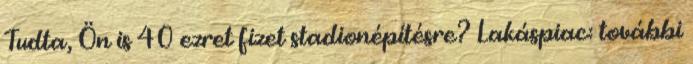
Tudta, Ön is 40 ezret fizet stadionépítésre? Lakáspiac: további